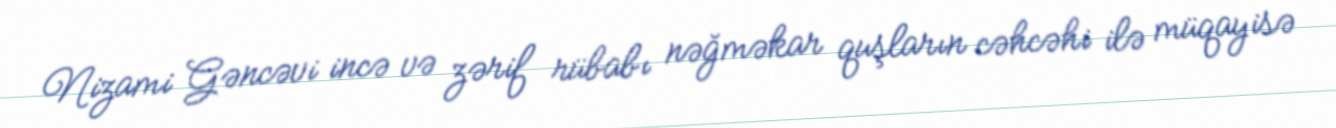
Nizami Gəncəvi incə və zərif rübabı nəğməkar quşların cəhcəhi ilə müqayisə